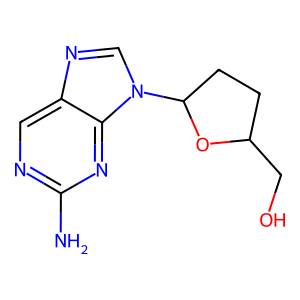
SMILES: Nc1ncc2ncn(C3CCC(CO)O3)c2n1
Inhibits HIV replication: No